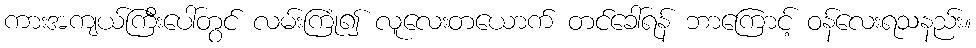
ကားအကျယ်ကြီးပေါ်တွင် လမ်းကြုံ၍ လူလေးတယောက် တင်ခေါ်ရန် ဘာကြောင့် ဝန်လေးရသနည်း။